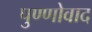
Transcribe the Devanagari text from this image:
पुण्णोवाद